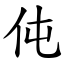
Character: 伅